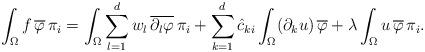
LaTeX: \begin{align*}\int_\Omega f \, \overline \varphi \, \pi_i= \int_\Omega \sum_{l=1}^d w_l \, \overline{\partial_l \varphi} \, \pi_i + \sum_{k=1}^d \hat c_{ki} \int_\Omega (\partial_k u) \, \overline \varphi + \lambda \int_\Omega u \, \overline \varphi \, \pi_i. \end{align*}